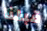
قبلنا